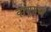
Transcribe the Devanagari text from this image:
वायूमध्ये